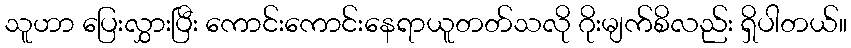
သူဟာ ပြေးလွှားပြီး ကောင်းကောင်းနေရာယူတတ်သလို ဂိုးမျက်စိလည်း ရှိပါတယ်။